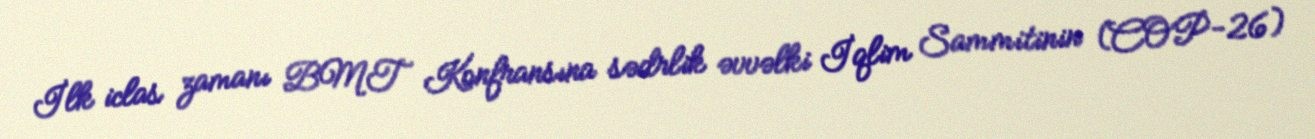
İlk iclas zamanı BMT Konfransına sədrlik əvvəlki İqlim Sammitinin (COP-26)